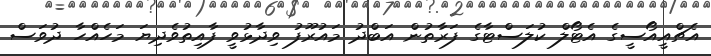
އެޗްއީއޯސީގެ އެޓޯލް ކުލަސްޓާގެ ފަރާތުން އަބްދު މައުރޫފު ވިދާޅުވީ ފާއިތުވެދިޔަ މަހެއްހާ ދުވަސް